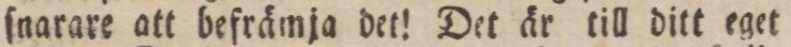
ſnarare att befrämja det! Det är till ditt eget